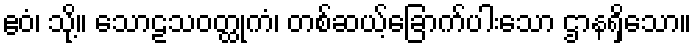
ဧဝံ၊ သို့။ သောဠသဝတ္ထုကံ၊ တစ်ဆယ့်ခြောက်ပါးသော ဌာနရှိသော။